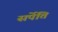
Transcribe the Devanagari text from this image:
सर्पेति